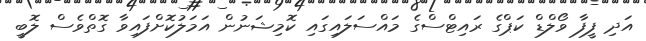
އަދި ފީފާ ވޯލްޑް ކަޕްގެ ރައިޓްސްގެ މައްސަލައިގައި ކޮމިޝަނުން އަމަލުކޮށްފައިވާ ގޮތްވެސް ލޮބީ